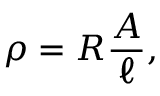
\rho = R { \frac { A } { \ell } } , \,